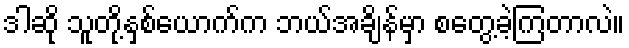
ဒါဆို သူတို့နှစ်ယောက်က ဘယ်အချိန်မှာ စတွေ့ခဲ့ကြတာလဲ။